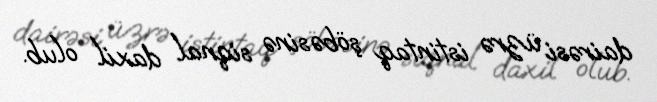
dairəsi üzrə istintaq şöbəsinə siqnal daxil olub.